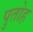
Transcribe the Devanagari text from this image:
पुतोह